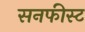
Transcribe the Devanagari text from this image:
सनफीस्ट